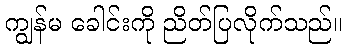
ကျွန်မ ခေါင်းကို ညိတ်ပြလိုက်သည်။